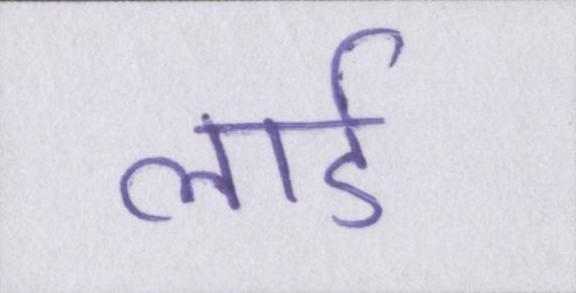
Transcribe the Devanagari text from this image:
लार्ड